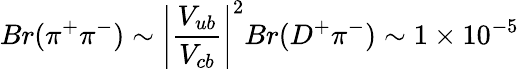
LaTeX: Br(\pi^{+}\pi^{-})\sim\left|{\frac{V_{ub}}{V_{cb}}}\right|^{2}Br(D^{+}\pi^{-})\sim 1\times 10^{-5}